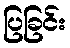
ပြခြင်း